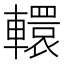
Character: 轘